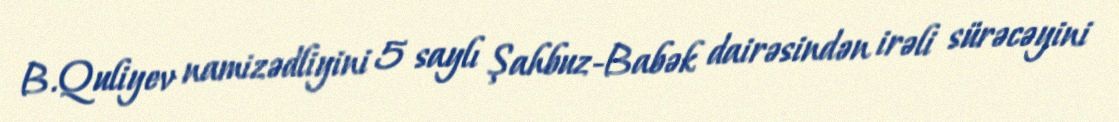
B.Quliyev namizədliyini 5 saylı Şahbuz-Babək dairəsindən irəli sürəcəyini